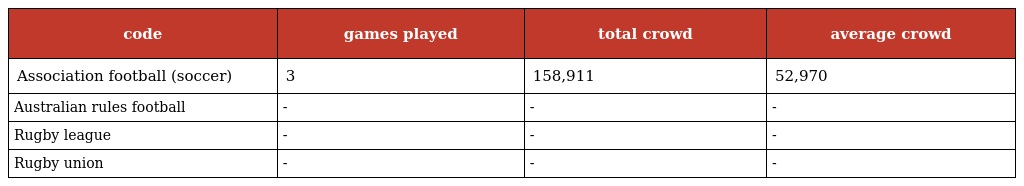
| code | games played | total crowd | average crowd |
 | --- | --- | --- | --- |
 | Association football (soccer) | 3 | 158,911 | 52,970 |
 | Australian rules football | - | - | - |
 | Rugby league | - | - | - |
 | Rugby union | - | - | - |